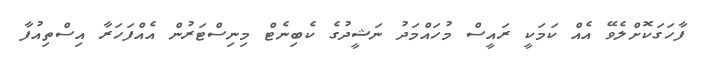
ފާހަގަކޮށްލެވޭ އެއް ކަމަކީ ރައީސް މުހައްމަދު ނަޝީދުގެ ކެބިނެޓް މިނިސްޓަރުން އެއްފަހަރާ އިސްތިއުފާ